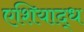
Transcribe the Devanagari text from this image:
एशियाद्ध